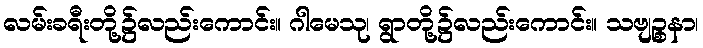
လမ်းခရီးတို့၌လည်းကောင်း။ ဂါမေသု၊ ရွာတို့၌လည်းကောင်း။ သဗျဉ္စနာ၊